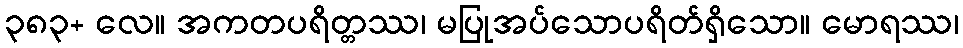
၃၈၃+ လေ။ အကတပရိတ္တဿ၊ မပြုအပ်သောပရိတ်ရှိသော။ မောရဿ၊